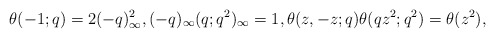
\begin{align*}\theta(-1;q)=2(-q)_{\infty}^2,(-q)_{\infty}(q;q^2)_{\infty}=1,\theta(z,-z;q)\theta(qz^2;q^2)=\theta(z^2),\end{align*}